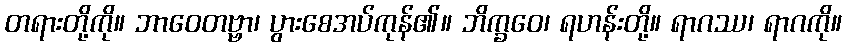
တရားတို့ကို။ ဘာဝေတဗ္ဗာ၊ ပွားစေအပ်ကုန်၏။ ဘိက္ခဝေ၊ ရဟန်းတို့။ ရာဂဿ၊ ရာဂကို။